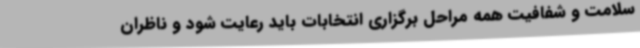
سلامت و شفافیت همه مراحل برگزاری انتخابات باید رعایت شود و ناظران